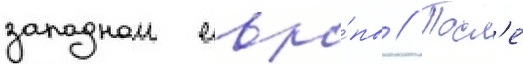
западнои евро́пы // Посл'е